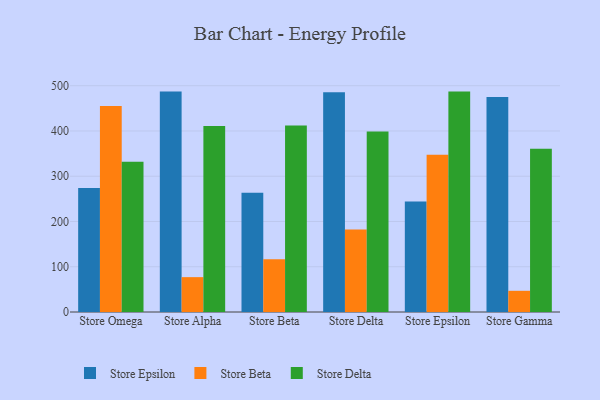
{"axis": {"x": "Store", "y": "Inventory Turnover"}, "legend": ["Store Beta", "Store Delta", "Store Epsilon"], "data": [{"x": "Store Omega", "y": 273.8, "type": "Store Epsilon"}, {"x": "Store Omega", "y": 455.4, "type": "Store Beta"}, {"x": "Store Omega", "y": 331.8, "type": "Store Delta"}, {"x": "Store Alpha", "y": 487.0, "type": "Store Epsilon"}, {"x": "Store Alpha", "y": 77.0, "type": "Store Beta"}, {"x": "Store Alpha", "y": 410.9, "type": "Store Delta"}, {"x": "Store Beta", "y": 263.4, "type": "Store Epsilon"}, {"x": "Store Beta", "y": 116.3, "type": "Store Beta"}, {"x": "Store Beta", "y": 412.2, "type": "Store Delta"}, {"x": "Store Delta", "y": 485.3, "type": "Store Epsilon"}, {"x": "Store Delta", "y": 182.5, "type": "Store Beta"}, {"x": "Store Delta", "y": 398.7, "type": "Store Delta"}, {"x": "Store Epsilon", "y": 244.3, "type": "Store Epsilon"}, {"x": "Store Epsilon", "y": 347.4, "type": "Store Beta"}, {"x": "Store Epsilon", "y": 487.0, "type": "Store Delta"}, {"x": "Store Gamma", "y": 475.0, "type": "Store Epsilon"}, {"x": "Store Gamma", "y": 46.8, "type": "Store Beta"}, {"x": "Store Gamma", "y": 360.5, "type": "Store Delta"}]}